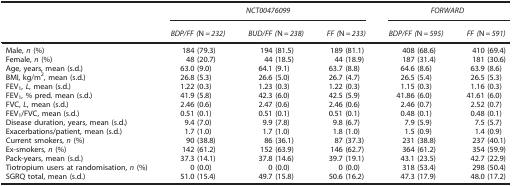
<table><thead><tr><td></td><td colspan="3"><b><i>NCT00476099</i></b></td><td colspan="2"><b><i>FORWARD</i></b></td></tr><tr><td></td><td><b><i>BDP/FF (</i>N<i>=232)</i></b></td><td><b><i>BUD/FF (</i>N<i>=238)</i></b></td><td><b><i>FF (</i>N<i>=233)</i></b></td><td><b><i>BDP/FF (</i>N<i>=595)</i></b></td><td><b><i>FF (</i>N<i>=591)</i></b></td></tr></thead><tbody><tr><td>Male, <i>n</i> (%)</td><td>184 (79.3)</td><td>194 (81.5)</td><td>189 (81.1)</td><td>408 (68.6)</td><td>410 (69.4)</td></tr><tr><td>Female, <i>n</i> (%)</td><td>48 (20.7)</td><td>44 (18.5)</td><td>44 (18.9)</td><td>187 (31.4)</td><td>181 (30.6)</td></tr><tr><td>Age, years, mean (s.d.)</td><td>63.0 (9.0)</td><td>64.1 (9.1)</td><td>63.7 (8.8)</td><td>64.6 (8.6)</td><td>63.9 (8.6)</td></tr><tr><td>BMI, kg/m<sup>2</sup>, mean (s.d.)</td><td>26.8 (5.3)</td><td>26.6 (5.0)</td><td>26.7 (4.7)</td><td>26.5 (5.4)</td><td>26.5 (5.3)</td></tr><tr><td>FEV<sub>1</sub>, <i>L</i>, mean (s.d.)</td><td>1.22 (0.3)</td><td>1.23 (0.3)</td><td>1.22 (0.3)</td><td>1.15 (0.3)</td><td>1.16 (0.3)</td></tr><tr><td>FEV<sub>1</sub>, % pred. mean (s.d.)</td><td>41.9 (5.8)</td><td>42.3 (6.0)</td><td>42.5 (5.9)</td><td>41.86 (6.0)</td><td>41.61 (6.0)</td></tr><tr><td>FVC, <i>L</i>, mean (s.d.)</td><td>2.46 (0.6)</td><td>2.47 (0.6)</td><td>2.46 (0.6)</td><td>2.46 (0.7)</td><td>2.52 (0.7)</td></tr><tr><td>FEV<sub>1</sub>/FVC, mean (s.d.)</td><td>0.51 (0.1)</td><td>0.51 (0.1)</td><td>0.51 (0.1)</td><td>0.48 (0.1)</td><td>0.48 (0.1)</td></tr><tr><td>Disease duration, years, mean (s.d.)</td><td>9.4 (7.0)</td><td>9.9 (7.8)</td><td>9.8 (6.7)</td><td>7.9 (5.9)</td><td>7.5 (5.7)</td></tr><tr><td>Exacerbations/patient, mean (s.d.)</td><td>1.7 (1.0)</td><td>1.7 (1.0)</td><td>1.8 (1.0)</td><td>1.5 (0.9)</td><td>1.4 (0.9)</td></tr><tr><td>Current smokers, <i>n</i> (%)</td><td>90 (38.8)</td><td>86 (36.1)</td><td>87 (37.3)</td><td>231 (38.8)</td><td>237 (40.1)</td></tr><tr><td>Ex-smokers, <i>n</i> (%)</td><td>142 (61.2)</td><td>152 (63.9)</td><td>146 (62.7)</td><td>364 (61.2)</td><td>354 (59.9)</td></tr><tr><td>Pack-years, mean (s.d.)</td><td>37.3 (14.1)</td><td>37.8 (14.6)</td><td>39.7 (19.1)</td><td>43.1 (23.5)</td><td>42.7 (22.9)</td></tr><tr><td>Tiotropium users at randomisation, <i>n</i> (%)</td><td>0 (0.0)</td><td>0 (0.0)</td><td>0 (0.0)</td><td>318 (53.4)</td><td>298 (50.4)</td></tr><tr><td>SGRQ total, mean (s.d.)</td><td>51.0 (15.4)</td><td>49.7 (15.8)</td><td>50.6 (16.2)</td><td>47.3 (17.9)</td><td>48.0 (17.2)</td></tr></tbody></table>